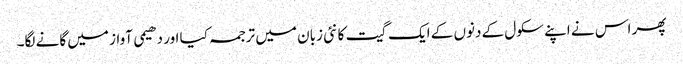
پھر اس نے اپنے سکول کے دنوں کے ایک گیت کا نئی زبان میں ترجمہ کیا اور دھیمی آواز میں گانے لگا۔